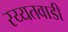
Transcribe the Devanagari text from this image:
रय्यतवाडी